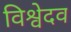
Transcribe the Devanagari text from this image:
विश्वेदव